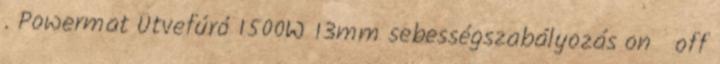
. Powermat Ütvefúró 1500W 13mm sebességszabályozás on off